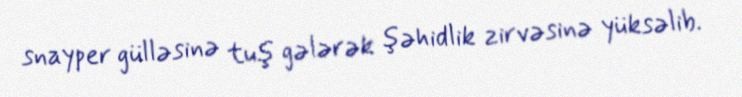
snayper gülləsinə tuş gələrək şəhidlik zirvəsinə yüksəlib.